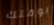
بوقتك